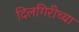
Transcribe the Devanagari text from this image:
दिलगिरीच्या